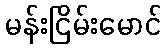
မန်းငြိမ်းမောင်